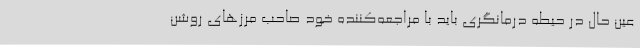
عین حال در حیطه درمانگری باید با مراجعه‌کننده خود صاحب مرزهای روشن